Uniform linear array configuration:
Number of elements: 32
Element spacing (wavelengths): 0.75
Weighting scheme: hamming
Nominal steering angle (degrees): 60
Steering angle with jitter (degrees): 60.265
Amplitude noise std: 0.05
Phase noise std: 0.05

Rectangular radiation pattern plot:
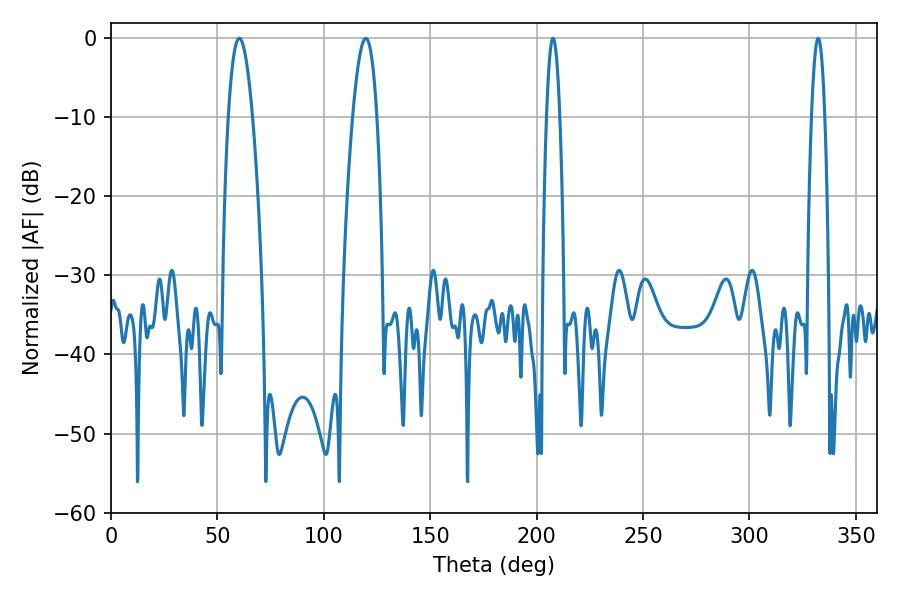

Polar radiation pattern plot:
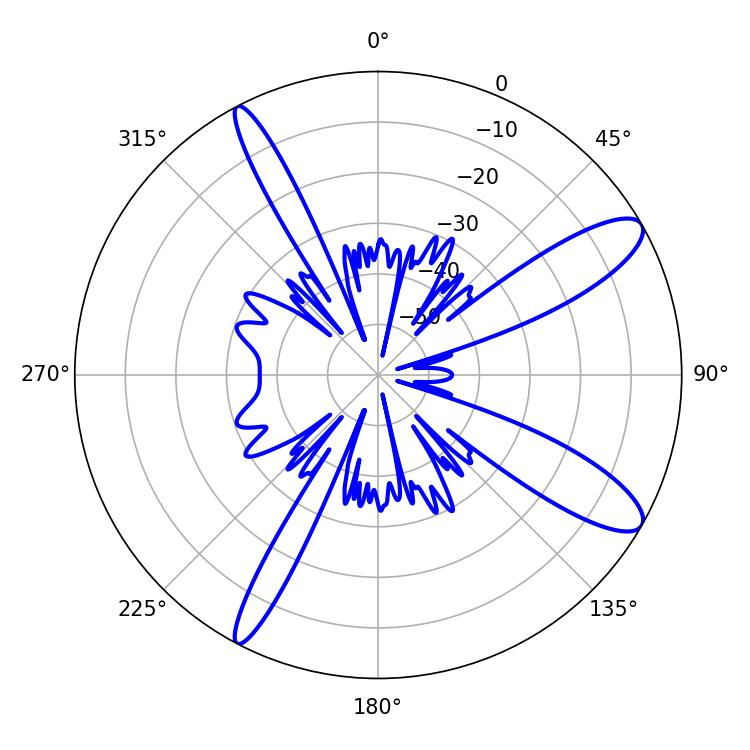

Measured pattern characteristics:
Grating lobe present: TRUE
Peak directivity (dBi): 11.431
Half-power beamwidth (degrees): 6.3
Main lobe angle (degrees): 60.3